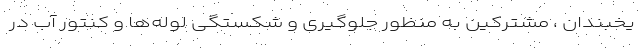
یخبندان ، مشترکین به منظور جلوگیری و شکستگی لوله‌ها و کنتور آب در